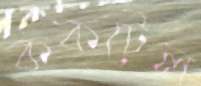
ককটেল